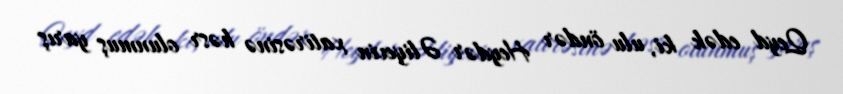
Qeyd edək ki, ulu öndər Heydər Əliyevin xatirəsinə həsr olunmuş yarış